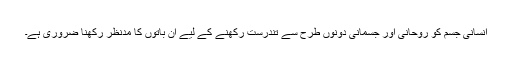
انسانی جسم کو روحانی اور جسمانی دونوں طرح سے تندرست رکھنے کے لیے ان باتوں کا مدنظر رکھنا ضروری ہے۔